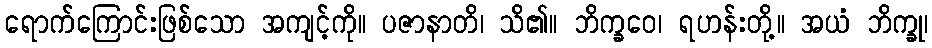
ရောက်ကြောင်းဖြစ်သော အကျင့်ကို။ ပဇာနာတိ၊ သိ၏။ ဘိက္ခဝေ၊ ရဟန်းတို့။ အယံ ဘိက္ခု၊